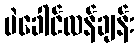
မဲခေါင်လန်ချန်း